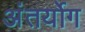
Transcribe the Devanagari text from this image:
अंतर्योग